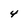
Character: 4